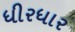
ધીરધાર